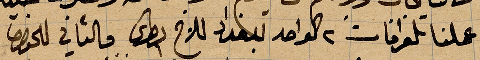
عملنا تلغراف ٢ لاواحد للأخ بطرس والثاني للخوري